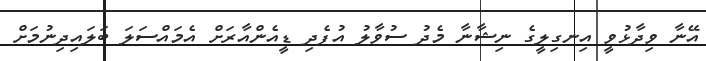
އޭނާ ވިދާޅުވީ އިނގިލީގެ ނިޝާނާ މެދު ސުވާލު އުފެދި ޑީއެންއާރަށް އެމައްސަލަ ބަލައިދިނުމަށް